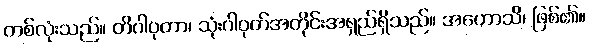
တစ်လုံးသည်။ တိဂါဝုတာ၊ သုံးဂါဝုတ်အတိုင်းအရှည်ရှိသည်။ အဟောသိ၊ ဖြစ်၏။